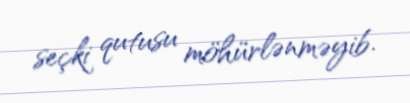
seçki qutusu möhürlənməyib.